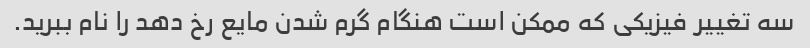
سه تغییر فیزیکی که ممکن است هنگام گرم شدن مایع رخ دهد را نام ببرید.